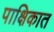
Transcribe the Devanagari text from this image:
पाक्षिकात